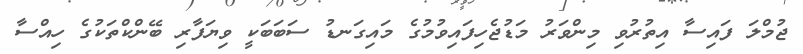
ޖުމްލަ ފައިސާ އިތުރުވި މިންވަރު މަޑުޖެހިފައިވުމުގެ މައިގަނޑު ސަބަބަކީ ވިޔަފާރި ބޭންކްތަކުގެ ހިއްސާ